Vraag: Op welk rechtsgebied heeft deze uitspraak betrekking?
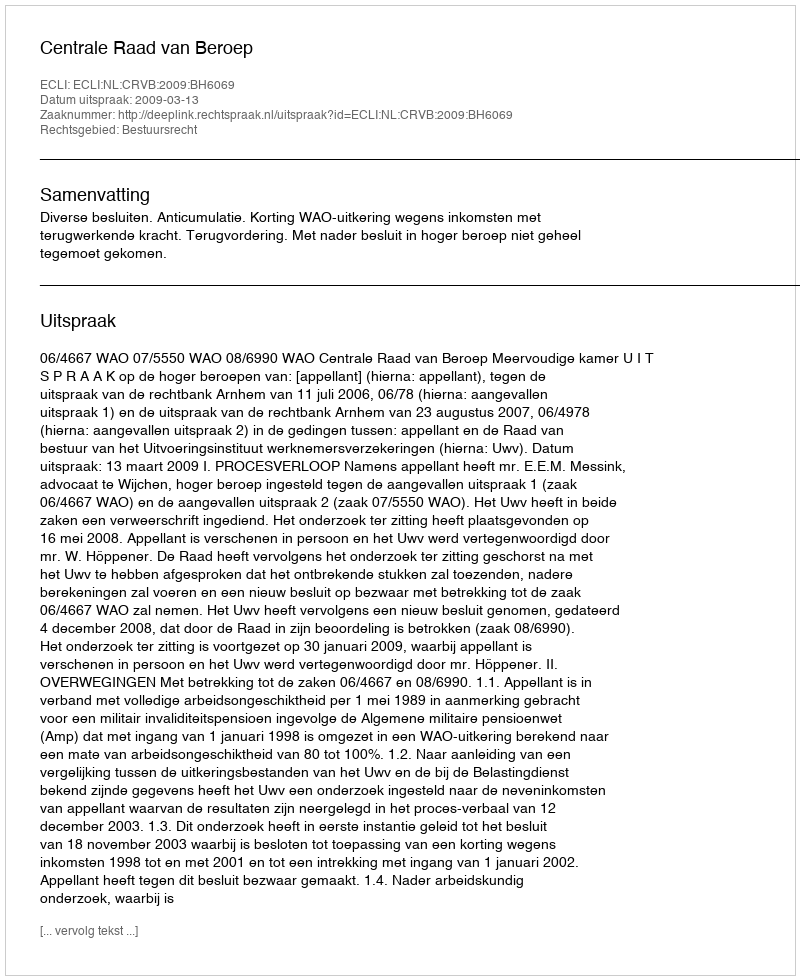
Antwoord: Bestuursrecht